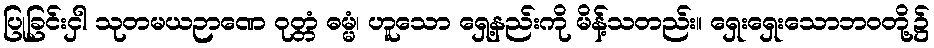
ပြုခြင်းငှါ သုတမယဉာဏေ ဝုတ္တံ ဓမ္မံ၊ ဟူသော ရှေ့နည်းကို မိန့်သတည်း။ ရှေးရှေးသောဘဝတို့၌